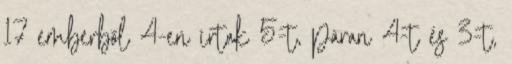
17 emberből 4-en írtak 5-t, páran 4-t és 3-t,